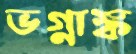
ভগ্নাঙ্ক